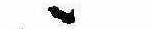
ゝ